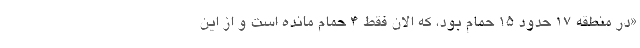
«در منطقه ۱۷ حدود ۱۵ حمام بود، که الان فقط ۴ حمام مانده است و از این